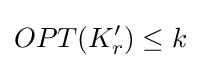
OPT(K'_{r})\leq k